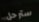
سترحل